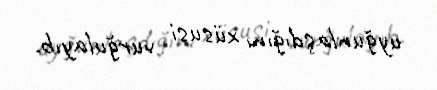
uyğunlaşdığını xüsusi vurğulayıb.